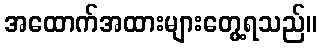
အထောက်အထားများတွေ့ရသည်။